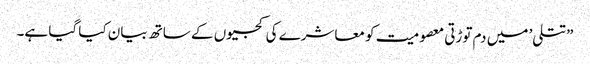
”تتلی’ میں دم توڑتی معصومیت کو معاشرے کی کجیوں کے ساتھ بیان کیا گیا ہے۔